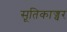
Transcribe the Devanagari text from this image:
सूतिकाज्वर